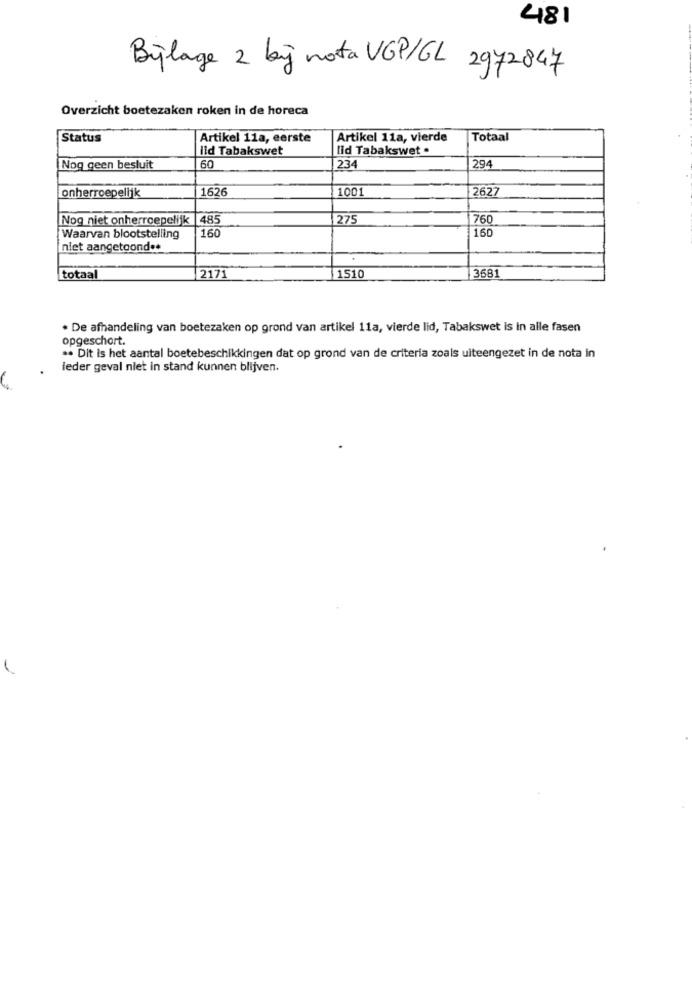
481
Bylage 2 bij nota VGP/GL 2972847
Overzicht boetezaken roken in de horeca
Status
Artikel 11a, eerste
Artikel 11a, vierde
Totaal
lid Tabakswet
lid Tabakswet .
Nog geen besluit
60
234
294
1626
1001
2627
onherroepelijk
Nog niet onherroepelijk |485
275
760
160
160
Waarvan blootstelling
niet aangetoond **
3681
totaal
2171
1510
. De afhandeling van boetezaken op grond van artikel 11a, vierde lid, Tabakswet is in alle fasen
opgeschort.
·· Dit is het aantal boetebeschikkingen dat op grond van de criteria zoals uiteengezet in de nota in
ieder geval niet in stand kunnen blijven.